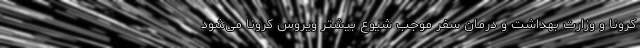
کرونا و وزارت بهداشت و درمان سفر موجب شیوع بیشتر ویروس کرونا می‌شود